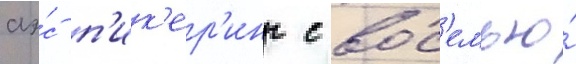
аэ́с п'ик'ер'инг с вос'емью́